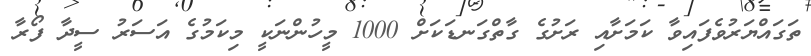
ތަގައްޔަރުވެފައިވާ ކަމަށާއި ރަށުގެ ގާތްގަނޑަކަށް 1000 މީހުންނަކީ މިކަމުގެ އަސަރު ސީދާ ފޯރާ